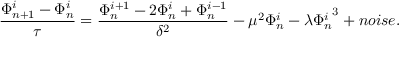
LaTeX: \frac { \Phi _ { n + 1 } ^ { i } - \Phi _ { n } ^ { i } } { \tau } = \frac { \Phi _ { n } ^ { i + 1 } - 2 \Phi _ { n } ^ { i } + \Phi _ { n } ^ { i - 1 } } { \delta ^ { 2 } } - \mu ^ { 2 } \Phi _ { n } ^ { i } - \lambda { \Phi _ { n } ^ { i } } ^ { 3 } + n o i s e .